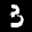
Label: 3